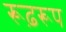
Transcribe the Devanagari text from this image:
रूढ़रूप